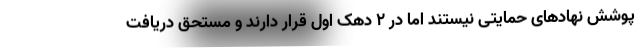
پوشش نهادهای حمایتی نیستند اما در ۲ دهک اول قرار دارند و مستحق دریافت